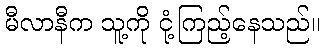
မီလာနီက သူ့ကို ငုံ့ကြည့်နေသည်။